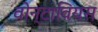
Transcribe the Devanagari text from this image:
वोन्टावियस